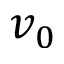
v _ { 0 }